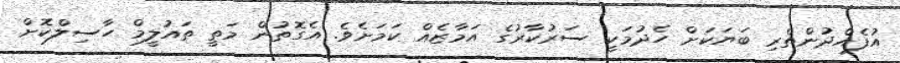
އުފެއްދުންތެރި ބަޔަކަށް ހެދުމަކީ ސަރުކާރުގެ އަމާޒެއް ކަމަށެވެ. އެގޮތުން މަތީ ތައުލީމް ހާސިލްކޮށް